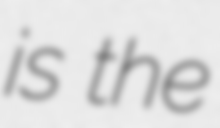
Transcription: is the